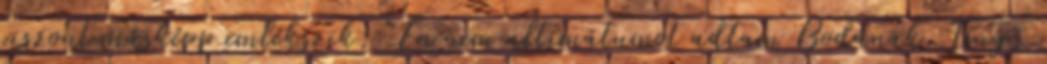
viszont másképp emlékszik: "Én nem ultimátumot adtam Bodának. Tény,